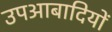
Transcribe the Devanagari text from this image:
उपआबादियों